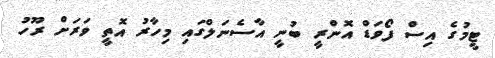
ޓީމުގެ އިސް ފޯވަޑް އޮންރީ ބުނީ އާސެނަލްގައި މިހާރު އޮތީ ވަރަށް ރޫހު